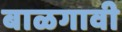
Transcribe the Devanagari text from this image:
बाळगावी